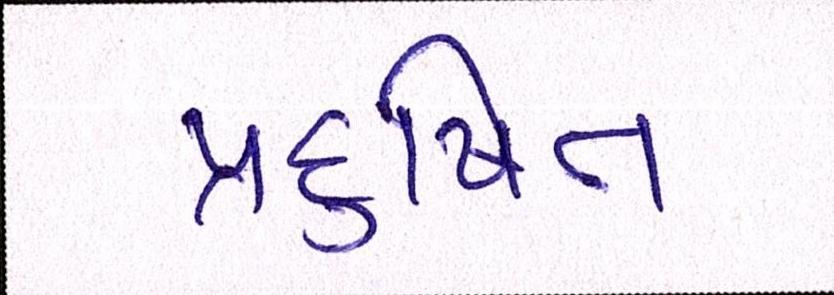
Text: પ્રદુષિત